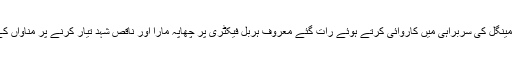
تفصیلات کے مطابق ڈی جی پنجاب فوڈ اتھارٹی نورالامین مینگل کی سربراہی میں کاروائی کرتے ہوئے رات گئے معروف ہربل فیکٹری پر چھاپہ مارا اور ناقص شہد تیار کرنے پر مناواں کے علاقے میں کام کرنے والی ہربل انڈسٹری کو سیل کر دیا۔